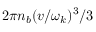
2 \pi n _ { b } ( v / \omega _ { k } ) ^ { 3 } / 3